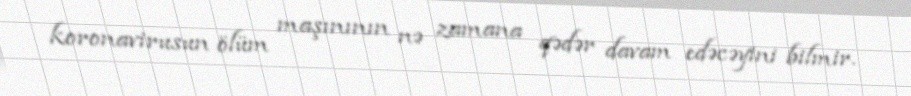
koronavirusun ölüm maşınının nə zamana qədər davam edəcəyini bilmir.